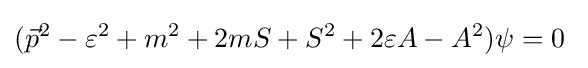
({\vec {p}}^{2}-\varepsilon ^{2}+m^{2}+2mS+S^{2}+2\varepsilon A-A^{2})\psi =0~